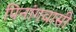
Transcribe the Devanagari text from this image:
पिनांगवासी